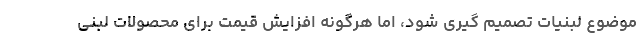
موضوع لبنیات تصمیم گیری شود، اما هرگونه افزایش قیمت برای محصولات لبنی